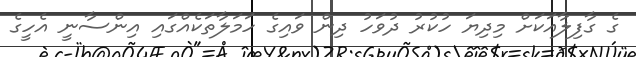
ގެ ގާފިލާއަކަށް މިދިޔަ ހުކުރު ދުވަހު ދިން ވައިގެ ހަމަލާތަކެއްގައި އިންސާނީ އެހީގެ